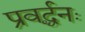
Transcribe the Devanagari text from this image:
प्रवर्द्धनः